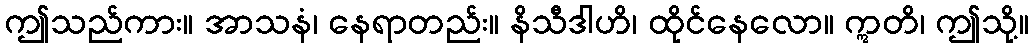
ဤသည်ကား။ အာသနံ၊ နေရာတည်း။ နိသီဒါဟိ၊ ထိုင်နေလော။ ဣတိ၊ ဤသို့။